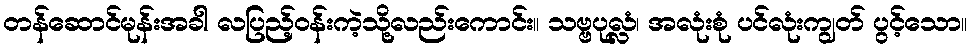
တန်ဆောင်မုန်းအခါ လပြည့်ဝန်းကဲ့သို့လည်းကောင်း။ သဗ္ဗပုလ္လံ၊ အလုံးစုံ ပင်လုံးကျွတ် ပွင့်သော။